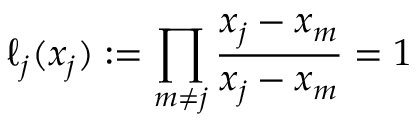
\ell _ { j } ( x _ { j } ) : = \prod _ { m \neq j } { \frac { x _ { j } - x _ { m } } { x _ { j } - x _ { m } } } = 1